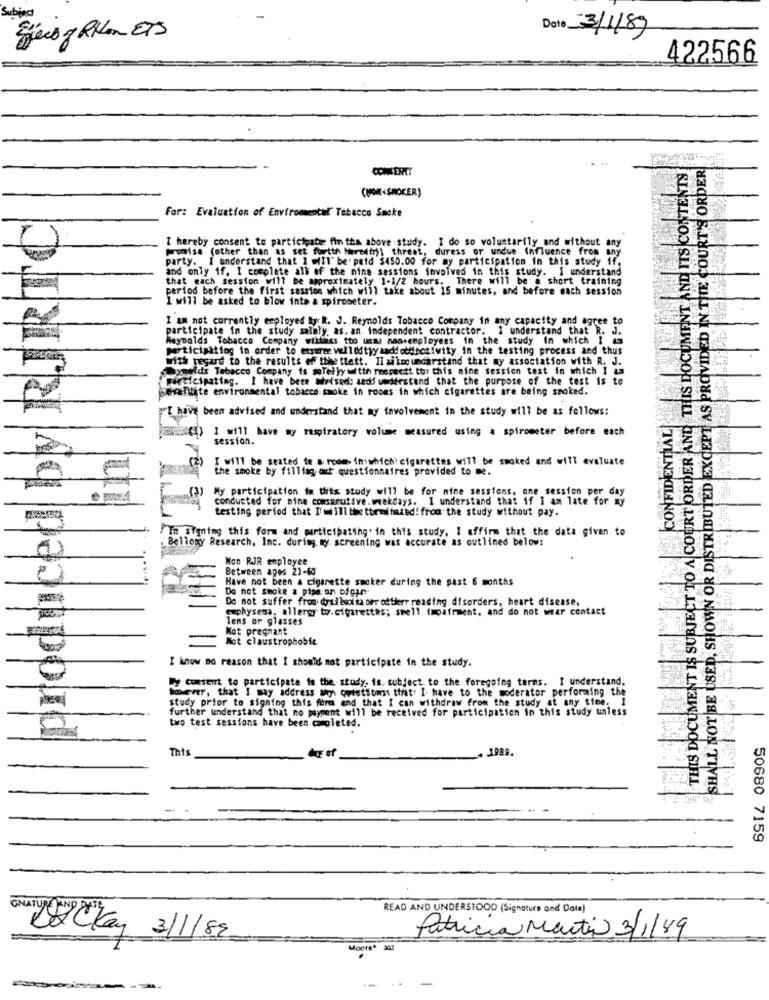
Subject
Date 3/1/89
Ejerog RHan OTS
422566
SHALL NOT BE USED, SHOWN OR DISTRIBUTED EXCEPT AS PROVIDED IN THE COURT'S ORDER
CONCERTY
THIS DOCUMENT IS SUBJECT TO A COURT ORDER AND THIS DOCUMENT AND ITS CONTENT
(NON SMOKER)
produced by RJRTC
For: Evaluation of Enviromental" Tobacco Smoke
I hereby consent to participate fin tha above study. I do so voluntarily and without any
promise (other than as set fortth hereihr)) threat, duress or undue influence from any
party. I understand that 1 mill' be paid $450.00 for my participation in this study 1f.
and only if, I complete all of the nine sessions involved in this study. I understand
that each session will be approximately 1-1/2 hours. There will be a short training
period before the first session which will take about 15 minutes, and before each session
I will be asked to blow inte a spirometer.
I am not currently employed By: R. J. Reynolds Tobacco Company in any capacity and agree to
participate in the study salbly as. an independent contractor. I understand that R. J.
Reynolds Tobacco Company willinas too unas naaremployees in the study In which I &
participating in order to etsarer vellotyy aadd oddsctivity. in the testing process and thus
with regard to the results of tihe ttett. Il aiko understand that my association with R. J.
BUTLER
Tymeids Tabacco Company is solelyy witth respectt to: this mine session test in which I am
Careicipating. I have been whvised: ards understand that the purpose of the test is to
evaluate environmental tobacco smoke in rooms in which cigarettes are being smoked.
"I have been advised and understand that my favolvement in the study will be as follows:
CONFIDENTIAL
1 will have my respiratory volume measured using a spirometer before each
session.
I will be seated ir a room in which cigarettes will be smoked and will evaluate
(2)
the smoke by f111tag, oxt questionnaires provided to me.
My participation in this study will be for nine sessions, one session per day
conducted for nine comsarutive.weekdays. I understand that if I am late for my
testing period that I'will the tormitmied! from the study without pay.
'In Signing this form and participating' in this study. 1 offirm that the data given to
RE
Bellomy Research, Inc. during my screening was accurate as outlined below:
Hon RJR employee
Between apes 21-60
Have not been a cigarette smoker during the past 6 months
Do not smoke a pipe an ofgun-
Do not suffer from dysilsoita oer odtierr reading.disorders, heart disease,
emphysema, allergy to.cigarettes; smell impairment, and do not wear contact
Tens or glasses
Not pregnant
-
Not claustrophobie
I know no reason that I should not participate in the study.
ly cosstut to participate in the study, is. subject to the foregoing terms. I understand.
however, that I may address wry qwiststoss that. I have to the moderator performing the
study prior to signing this form and that I can withdraw from the study at any time. I
further understand that no paypent will be received for participation in this
in this study unless
two test sessions have been completed.
day of
50680 7159
READ AND UNDERSTOOD (Signature and Date)
Patricia Martin 3/1/89
DICay 3/1/82.
Mod